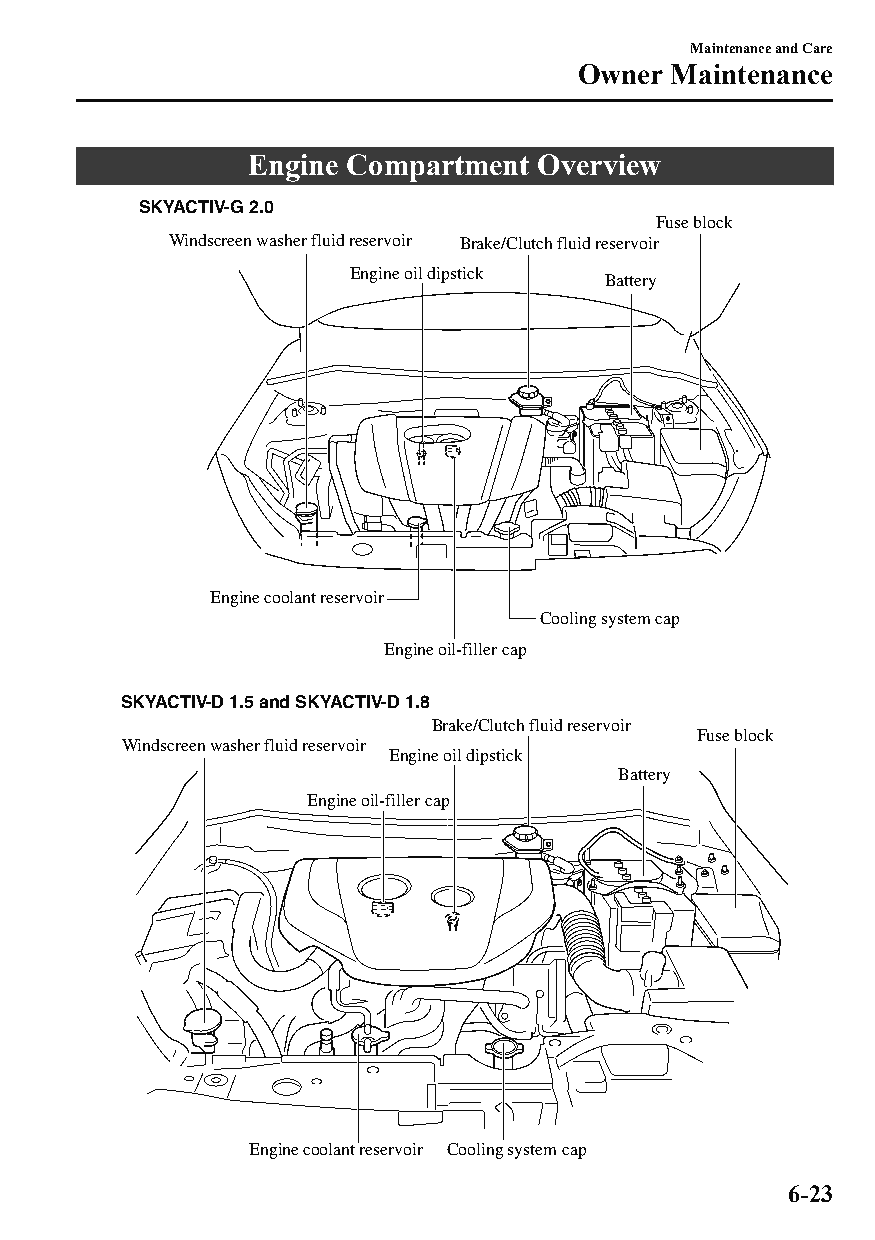
Maintenance and Care
 Owner Maintenance
 Engine Compartment Overview
 SKYACTIV-G 2.0
 Fuse block
 Windscreen washer fluid reservoir Brake/Clutch fluid reservoir
 Engine oil dipstick
 Battery
 Engine coolant reservoir
 Cooling system cap
 Engine oil-filler cap
 SKYACTIV-D 1.5 and SKYACTIV-D 1.8
 Brake/Clutch fluid reservoir
 Fuse block
 Windscreen washer fluid reservoir
 Engine oil dipstick
 Battery
 Engine oil-filler cap
 Engine coolant reservoir Cooling system cap
 6-23
 CX-3_8GT4-EE-18D_Edition4                  2018-9-6 18:32:19